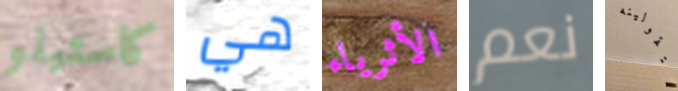
كاستيلو هي الأثرياء نعم ستقولينه